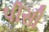
પીસી